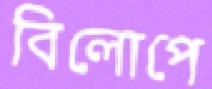
বিলোপে